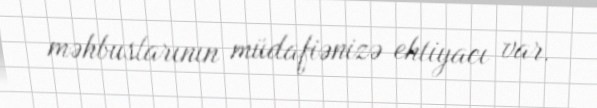
məhbuslarının müdafiənizə ehtiyacı var.